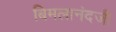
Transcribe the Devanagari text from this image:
बिमलानंदजी